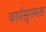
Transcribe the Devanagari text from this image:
कार्यसुगमता